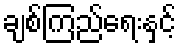
ချစ်ကြည်ရေးနှင့်